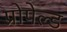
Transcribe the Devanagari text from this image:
प्रोपेल्ड